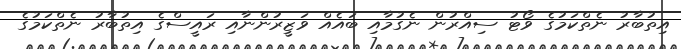
އިތުބާރު ނެތްކަމުގެ ވޯޓު ސިއްރުން ނެގުމާއި ބައެއް ވަޒީރުންނާއި ރައީސްގެ އިތުބާރު ނެތްކަމުގެ